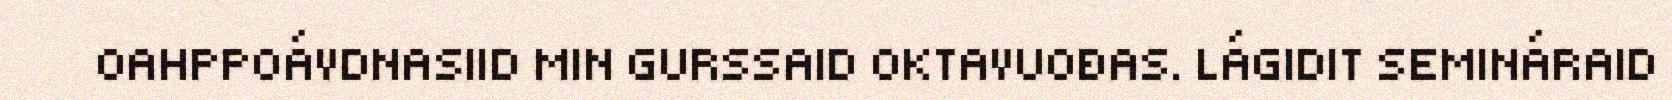
OAHPPOÁVDNASIID MIN GURSSAID OKTAVUOĐAS. LÁGIDIT SEMINÁRAID